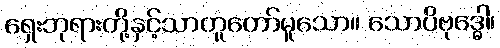
ရှေးဘုရားတို့နှင့်သာတူတော်မူသော။ သောပိဗုဒ္ဓေါ၊